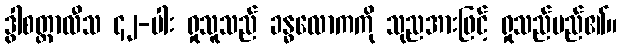
ဒွါစတ္တာလီသ ၄၂-ပါး ရှုသူသည် ခန္ဓလောကကို သုညအားဖြင့် ရှုသည်မည်၏။